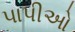
પાપીઓ